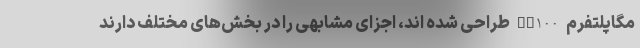
مگاپلتفرم SP100 طراحی شده اند، اجزای مشابهی را در بخش‌های مختلف دارند